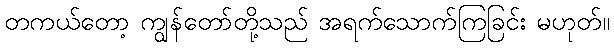
တကယ်တော့ ကျွန်တော်တို့သည် အရက်သောက်ကြခြင်း မဟုတ်။